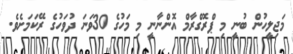
މަޖިލީހުން ބުނީ މި ޕްރޮގްރާމް އޮންނާނީ މި މަހުގެ 30ވަނަ ދުވަހުގެ ރޭކަމަށެވެ.